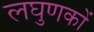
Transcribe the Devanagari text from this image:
लघुणकों